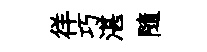
徉巧湛隨